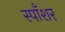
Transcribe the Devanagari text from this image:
स्पाँशर